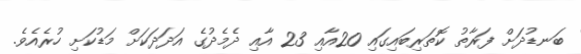
ބަނޑުދަށް ފަރާތު ކޮތަރިބައިގައި 20އާއި 23 އާއި ދެމެދުގެ އަދަދަކަށް މަޑުކަށި ހުރެއެވެ.